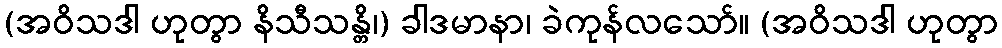
(အဝိသဒါ ဟုတွာ နိသီသန္တိ၊) ခါဒမာနာ၊ ခဲကုန်လသော်။ (အဝိသဒါ ဟုတွာ